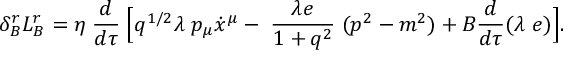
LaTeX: \delta _ { B } ^ { r } L _ { B } ^ { r } = \eta \; \frac { d } { d \tau } \; \Bigl [ q ^ { 1 / 2 } \lambda \; p _ { \mu } \dot { x } ^ { \mu } - \; \frac { \lambda e } { 1 + q ^ { 2 } } \; ( p ^ { 2 } - m ^ { 2 } ) + { \cal B } \frac { d } { d \tau } ( \lambda \; e ) \Bigr ] .